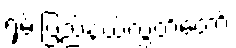
ရှမ်းပြည်နယ်လွှတ်တော်